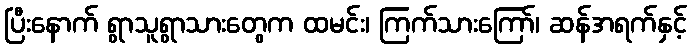
ပြီးနောက် ရွာသူရွာသားတွေက ထမင်း၊ ကြက်သားကြော်၊ ဆန်အရက်နှင့်